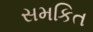
સમકિત